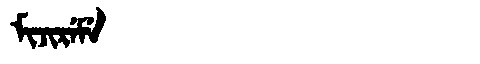
Manchu: ᠮᡳᠵᡳᡵᡝᠮᡝ
Romanization: MIJIREME